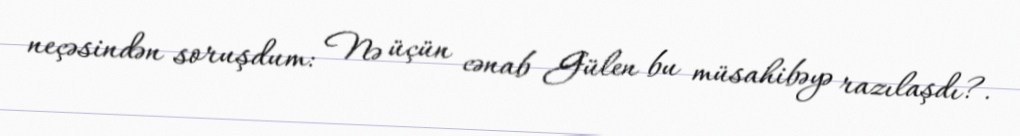
neçəsindən soruşdum: Nə üçün cənab Gülen bu müsahibəyə razılaşdı?.